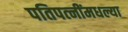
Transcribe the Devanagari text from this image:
पतिपत्‍नींमधल्या